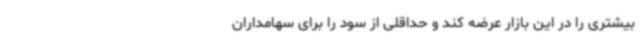
بیشتری را در این بازار عرضه کند و حداقلی از سود را برای سهامداران